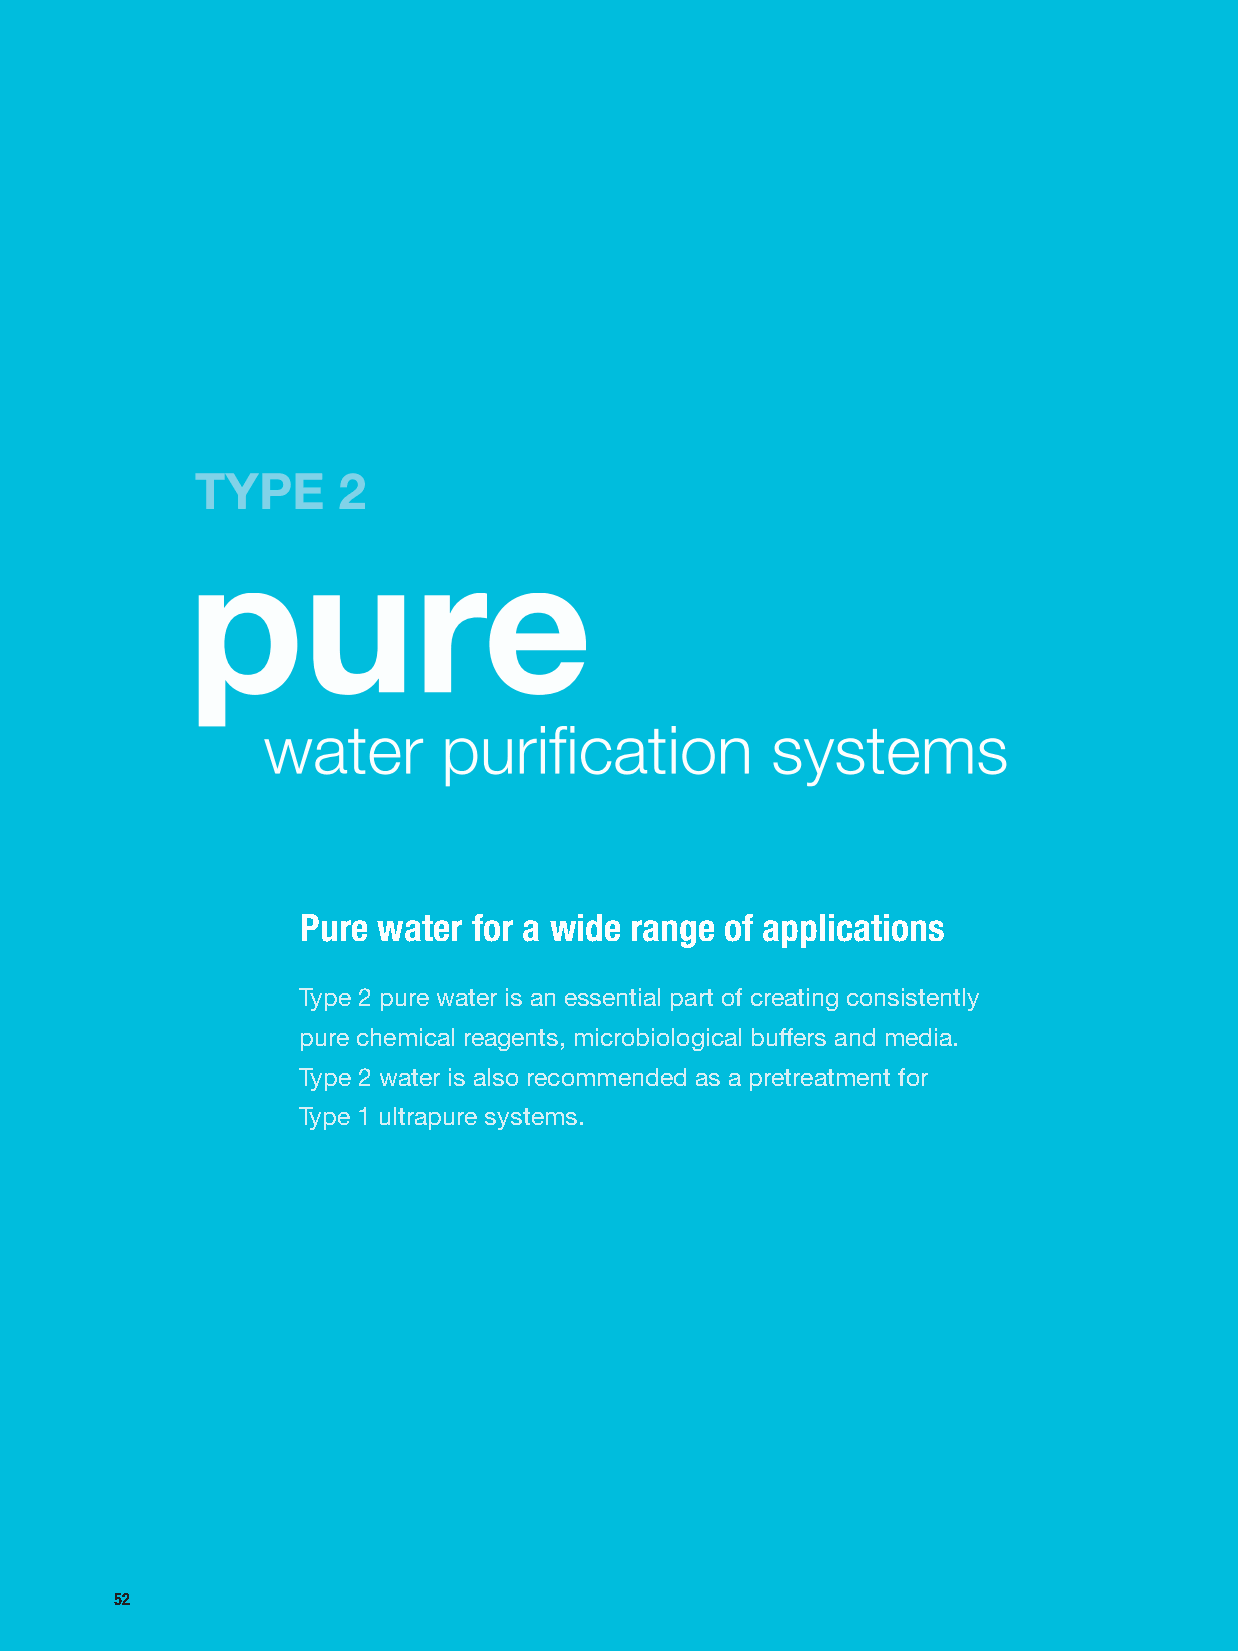
Pure water for a wide range of applications
 Type 2 pure water is an essential part of creating consistently
 pure chemical reagents, microbiological buffers and media.
 Type 2 water is also recommended as a pretreatment for
 Type 1 ultrapure systems.
 52